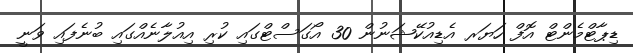
ޑިޕާޓްމެންޓް އޮފް ހަޔަރ އެޑިއުކޭޝަނުން 30 އޯގަސްޓްގައި ކުރި އިއުލާނެއްގައި ބުނެފައި ވަނީ